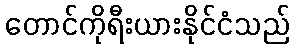
တောင်ကိုရီးယားနိုင်ငံသည်